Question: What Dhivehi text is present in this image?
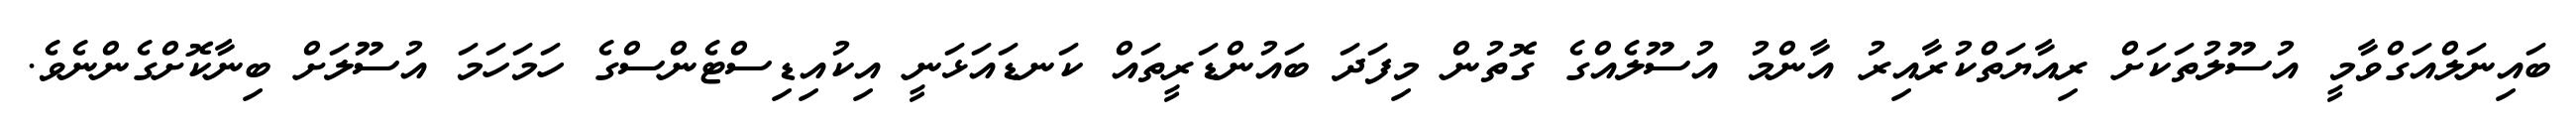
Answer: ބައިނަލްއަގްވާމީ އުސޫލުތަކަށް ރިއާޔަތްކުރާއިރު އާންމު އުސޫލެއްގެ ގޮތުން މިފަދަ ބައުންޑަރީތައް ކަނޑައަޅަނީ އިކުއިޑިސްޓެންސްގެ ހަމަހަމަ އުސޫލަށް ބިނާކޮށްގެންނެވެ.